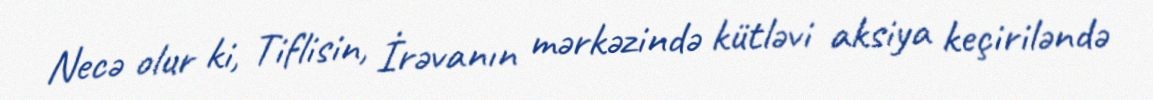
Necə olur ki, Tiflisin, İrəvanın mərkəzində kütləvi aksiya keçiriləndə